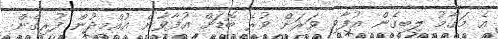
އެ މަގާމު ލިބިގެން އުފާވި ވަރަށް ވުރެ ބޮޑަށް އުފާވާނެ އުއްމީދުން ފުރިގެން